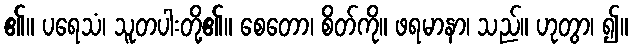
၏။ ပရေသံ၊ သူတပါးတို့၏။ စေတော၊ စိတ်ကို။ ဖရမာနာ၊ သည်။ ဟုတွာ၊ ၍။